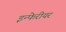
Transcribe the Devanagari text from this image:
इन्फेरीयर